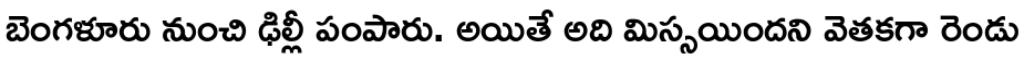
బెంగళూరు నుంచి ఢిల్లీ పంపారు. అయితే అది మిస్సయిందని వెతకగా రెండు